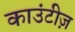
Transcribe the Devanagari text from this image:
काउंटीज़